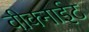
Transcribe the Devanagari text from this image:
वीक्नाईट